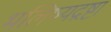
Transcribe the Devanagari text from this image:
भलिष्यद्रष्टा